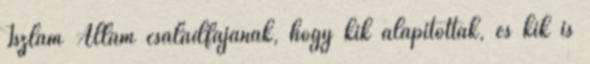
Iszlám Állam családfájának, hogy kik alapították, és kik is